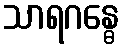
သာရဂန္ဓေ